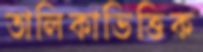
তালিকাভিত্তিক